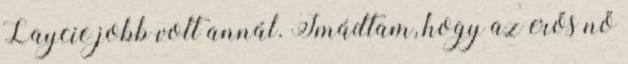
Laycie jobb volt annál. Imádtam, hogy az erős nő